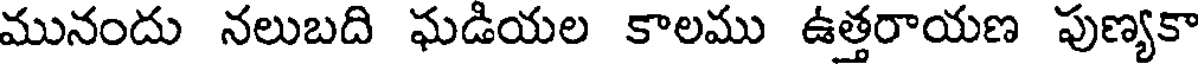
మునందు నలుబది ఘడియల కాలము ఉత్తరాయణ పుణ్యకా